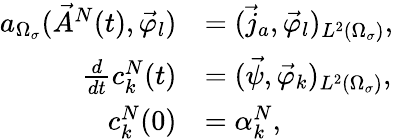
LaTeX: \begin{array}{rl}{a_{\Omega_{\sigma}}(\vec{A}^{N}(t),\vec{\varphi}_{l})}&{=(\vec{j}_{a},\vec{\varphi}_{l})_{L^{2}(\Omega_{\sigma})},}\\ {\frac{d}{dt}c_{k}^{N}(t)}&{=(\vec{\psi},\vec{\varphi}_{k})_{L^{2}(\Omega_{\sigma})},}\\ {c_{k}^{N}(0)}&{=\alpha_{k}^{N},}\end{array}